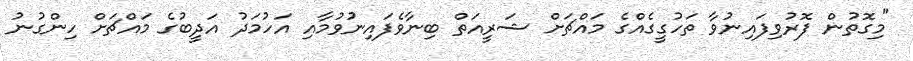
"މިގޮތުން ފޮރުވިފައިނުވާ ތަހުގީގެއްގެ މައްޗަށް ޝަރީއަތް ބިނާވެފައިނުުވުމާއި އަހުމަދު އަދީބުގެ މައްޗަށް ހިންގުނު